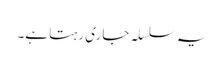
یہ سلسلہ جاری رہتا ہے۔